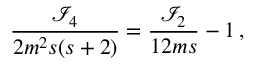
\frac { \mathcal { I } _ { 4 } } { 2 m ^ { 2 } s ( s + 2 ) } = \frac { \mathcal { I } _ { 2 } } { 1 2 m s } - 1 \, ,